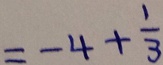
= - 4 + \frac { 1 } { 3 }